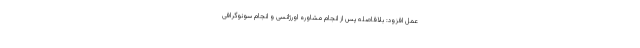
عمل افزود: بلافاصله پس از انجام مشاوره اورژانسی و انجام سونوگرافی